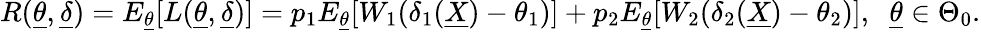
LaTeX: R(\underline{{\theta}},\underline{{\delta}})=E_{\underline{{\theta}}}[L(\underline{{\theta}},\underline{{\delta}})]=p_{1}E_{\underline{{\theta}}}[W_{1}(\delta_{1}(\underline{{X}})-\theta_{1})]+p_{2}E_{\underline{{\theta}}}[W_{2}(\delta_{2}(\underline{{X}})-\theta_{2})],\; \; \underline{{\theta}}\in\Theta_{0}.